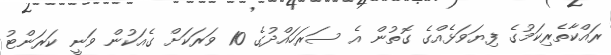
ރައްކާތެރިކަމުގެ ފިޔަވަޅެއްގެ ގޮތުން އެ ސަރަހައްދުގެ 10 ވަރަކަށް ގެއަކުން ވަނީ ކަރަންޓު